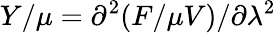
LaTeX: Y/\mu=\partial^{2}(F/\mu V)/\partial\lambda^{2}